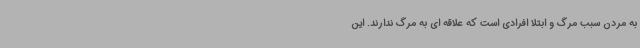
به مردن سبب مرگ و ابتلا افرادی است که علاقه ای به مرگ ندارند. این